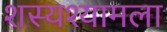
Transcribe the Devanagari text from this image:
शस्यश्यामला